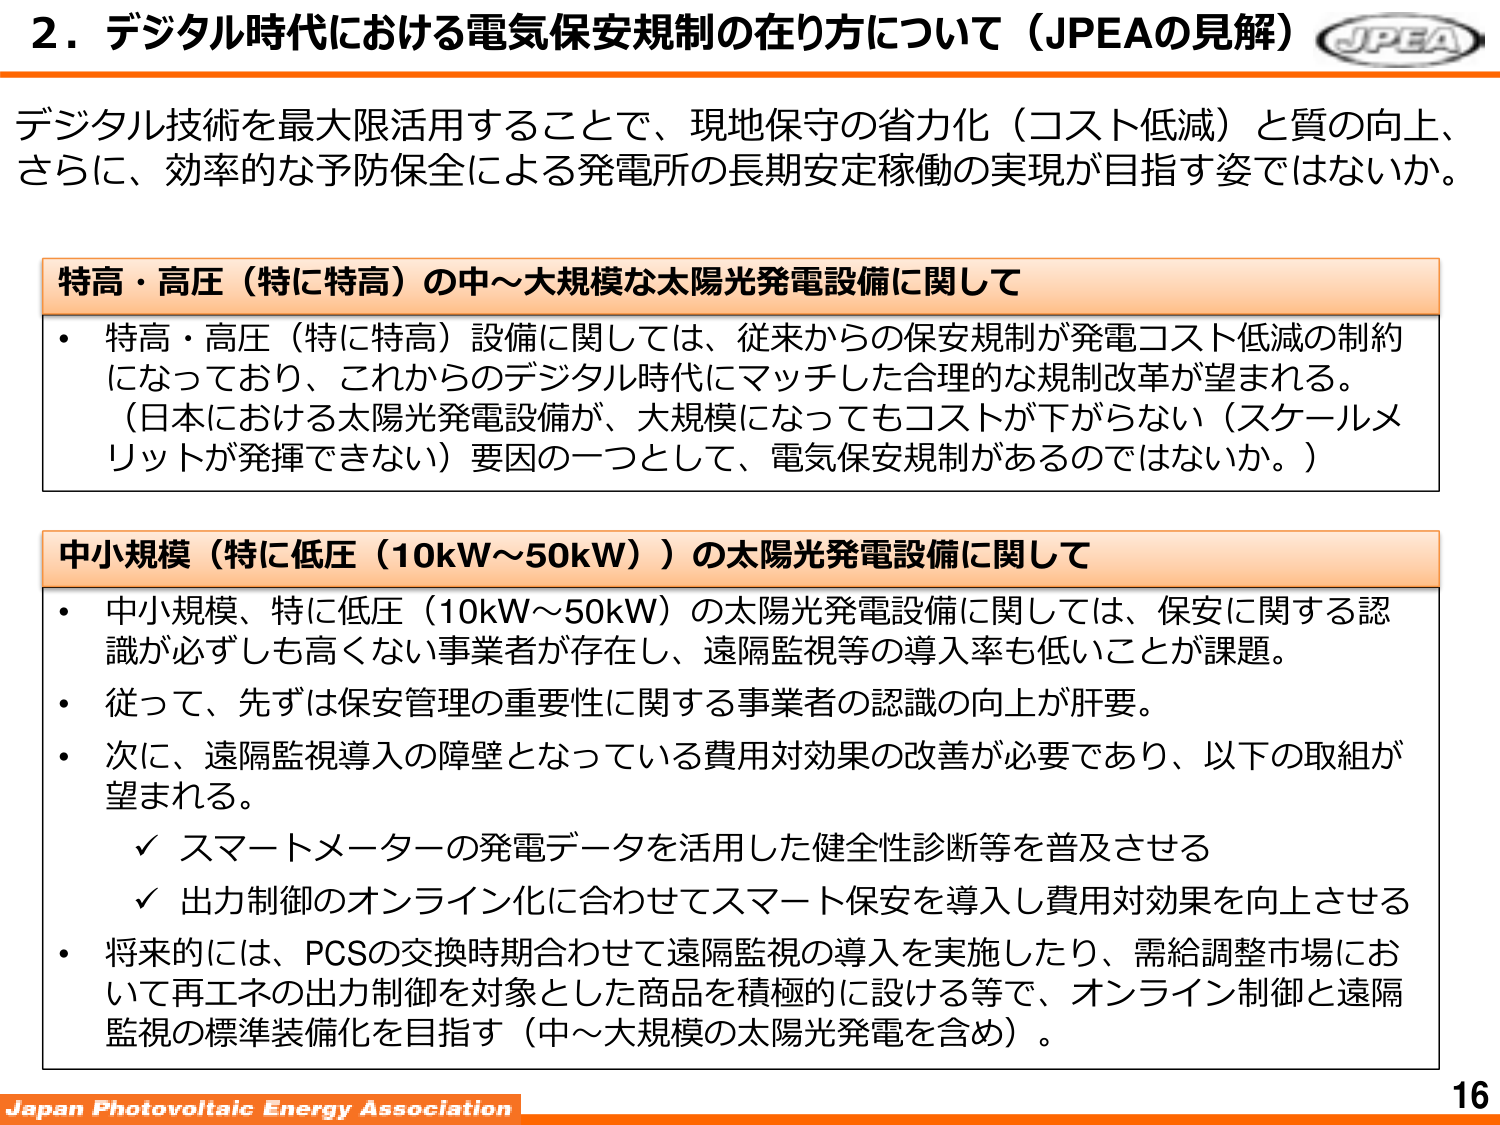
2．デジタル時代における電気保安規制の在り方について（JPEAの見解）

デジタル技術を最大限活用することで、現地保守の省力化（コスト低減）と質の向上、
さらに、効率的な予防保全による発電所の長期安定稼働の実現が目指す姿ではないか。

特高・高圧（特に特高）の中～大規模な太陽光発電設備に関して
・ 特高・高圧（特に特高）設備に関しては、従来からの保安規制が発電コスト低減の制約
になっており、これからのデジタル時代にマッチした合理的な規制改革が望まれる。
（日本における太陽光発電設備が、大規模になってもコストが下がらない（スケールメリットが発揮できない）要因の一つとして、電気保安規制があるのではないか。）

中小規模（特に低圧（10kW～50kW））の太陽光発電設備に関して
・ 中小規模、特に低圧（10kW～50kW）の太陽光発電設備に関しては、保安に関する認識が必ずしも高くない事業者が存在し、遠隔監視等の導入率も低いことが課題。
・ 従って、先ずは保安管理の重要性に関する事業者の認識の向上が肝要。
・ 次に、遠隔監視導入の障壁となっている費用対効果の改善が必要であり、以下の取組が望まれる。
　✓ スマートメーターの発電データを活用した健全性診断等を普及させる
　✓ 出力制御のオンライン化に合わせてスマート保安を導入し費用対効果を向上させる
・ 将来的には、PCSの交換時期合わせて遠隔監視の導入を実施したり、需給調整市場において再エネの出力制御を対象とした商品を積極的に設ける等で、オンライン制御と遠隔監視の標準装備化を目指す（中～大規模の太陽光発電を含め）。

Japan Photovoltaic Energy Association
16